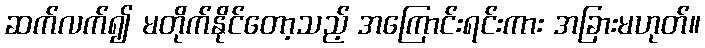
ဆက်လက်၍ မတိုက်နိုင်တော့သည့် အကြောင်းရင်းကား အခြားမဟုတ်။